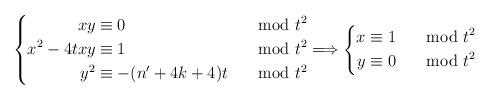
LaTeX: \begin{align*} \left\lbrace \begin{aligned} xy &\equiv 0 &\mod t^2 \\ x^2-4txy &\equiv 1 &\mod t^2\\ y^2 &\equiv -(n'+4k+4)t &\mod t^2 \end{aligned} \Longrightarrow \left\lbrace \begin{aligned} x &\equiv 1 &\mod t^2\\ y &\equiv 0 &\mod t^2 \end{aligned} \right. \right.\end{align*}